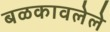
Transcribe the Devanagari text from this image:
बळकावलेले